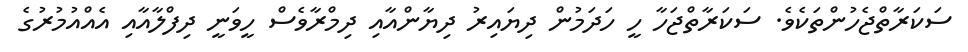
ސަކަރާތްޖެހުންތަކެވެ. ސަކަރާތްޖަހާ ހީ ހަދަމުން ދިޔައިރު ދިޔާންއާއި ދިމްރާވެސް ހީވަނީ ދިފްލާއާއި އެއްއުމުރުގެ